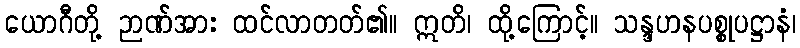
ယောဂီတို့ ဉာဏ်အား ထင်လာတတ်၏။ ဣတိ၊ ထို့ကြောင့်။ သန္ဒဟနပစ္စုပဋ္ဌာနံ၊